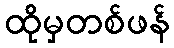
ထိုမှတစ်ဖန်